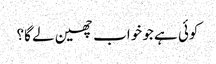
کوئی ہے جو خواب چھین لے گا؟